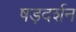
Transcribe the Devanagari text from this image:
षड़दर्शन